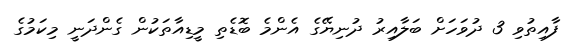
ފާއިތުވި 3 ދުވަހަށް ބަލާއިރު ދުނިޔޭގެ އެންމެ ބޮޑެތި މީޑިއާތަކުން ގެންދަނީ މިކަމުގެ